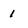
Character: 1